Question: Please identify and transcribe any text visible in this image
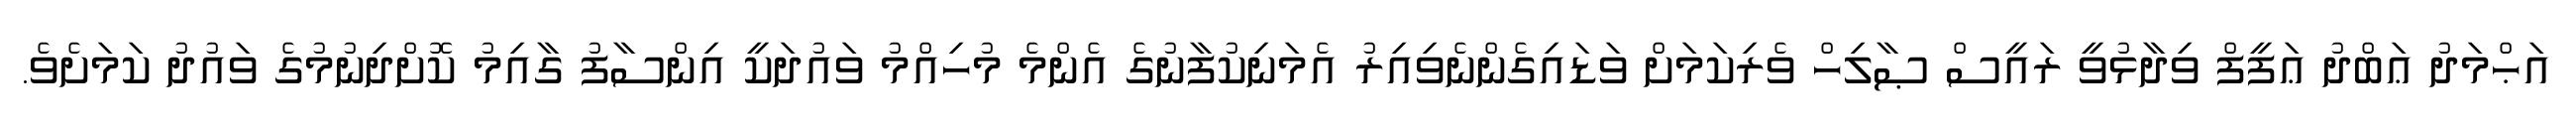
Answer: އަޙްމަދު ޢަބްދު ޢަފީފް ވިދާޅުވީ ރައީސް ޞާލިހް ވެރިކަމަށް ވަޑައިގެންނެވިއިރު އެމަނިކުފާނުގެ އެންމެ މުހިއްމު ވައުދަކީ އިންސާފު ގާއިމު ކޮށްދިނުމުގެ ވައުދު ކަމަށެވެ.